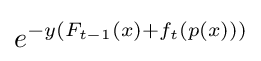
e^{-y\left(F_{t-1}(x)+f_{t}(p(x))\right)}